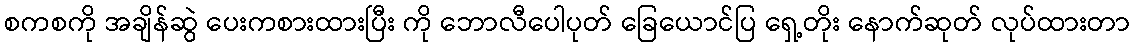
စကစကို အချိန်ဆွဲ ပေးကစားထားပြီး ကို ဘောလီပေါပုတ် ခြေယောင်ပြ ရှေ့တိုး နောက်ဆုတ် လုပ်ထားတာ